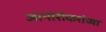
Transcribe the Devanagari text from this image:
जानोरीकरांच्या